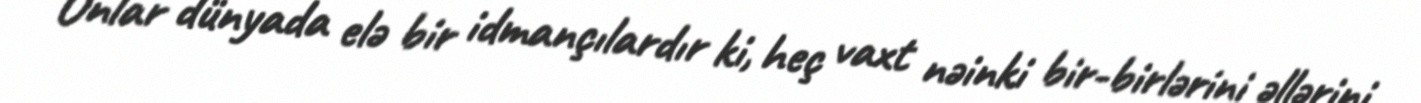
Onlar dünyada elə bir idmançılardır ki, heç vaxt nəinki bir-birlərini əllərini